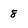
Character: 8